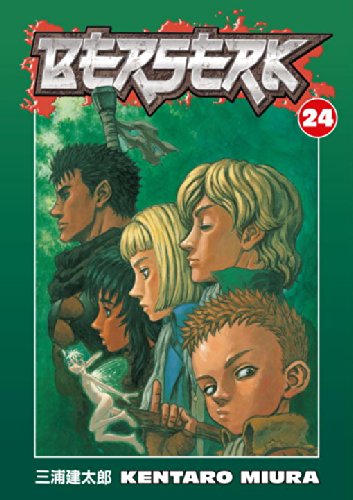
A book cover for Berserk, Vol. 24; Kentaro Miura; Comics & Graphic Novels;